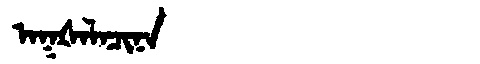
Manchu: ᠠᡴᡧᠠᠯᠠᠴᡳᠨᠠ
Romanization: AKŠALACINA